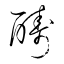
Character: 醻